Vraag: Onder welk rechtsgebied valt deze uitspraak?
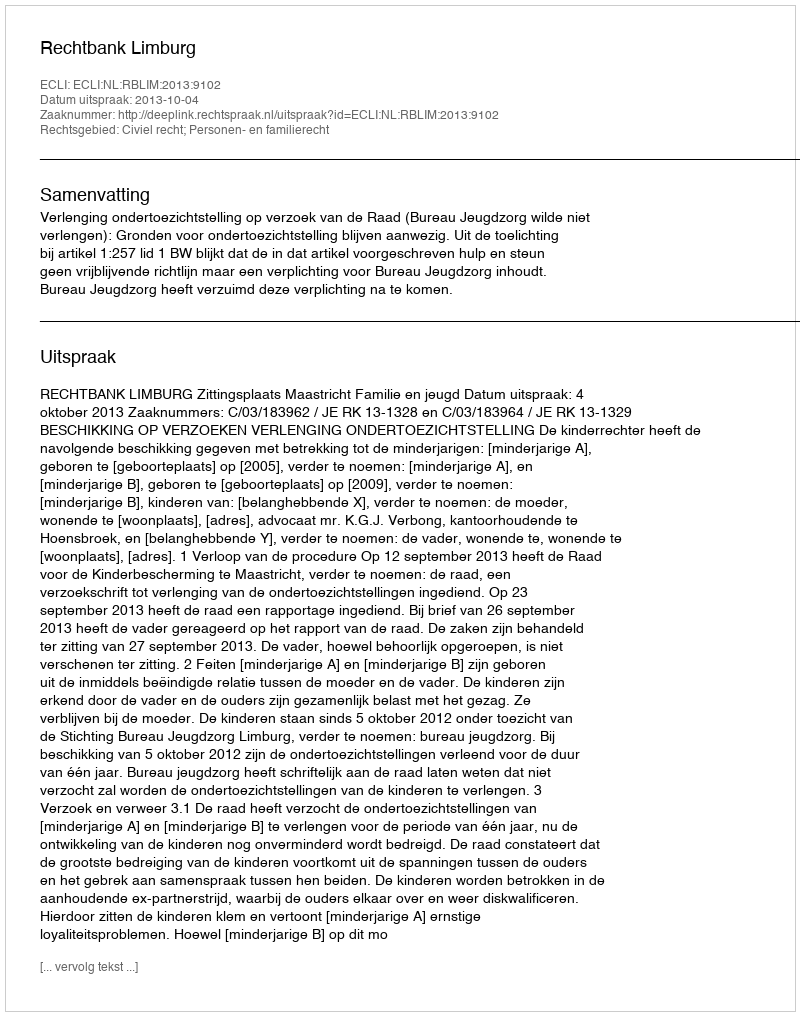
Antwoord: Civiel recht; Personen- en familierecht